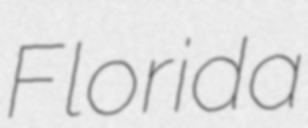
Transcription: Florida